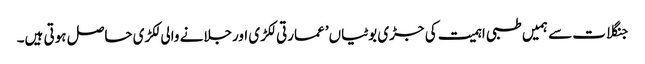
جنگلات سے ہمیں طبی اہمیت کی جڑی بوٹیاں’ عمارتی لکڑی اورجلانے والی لکڑی حاصل ہوتی ہیں۔